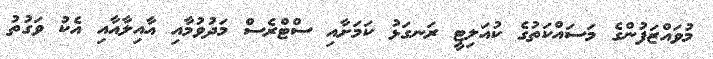
މުވައްޒަފުންގެ މަސައްކަތުގެ ކުއަލިޓީ ރަނގަޅު ކަމަށާއި ސްޓްރެސް މަދުވުމާއި އާއިލާއާއި އެކު ވަގުތު